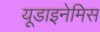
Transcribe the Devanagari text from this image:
यूडाइनेमिस